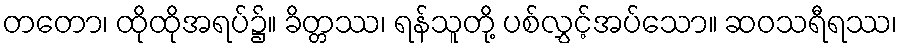
တတော၊ ထိုထိုအရပ်၌။ ခိတ္တဿ၊ ရန်သူတို့ ပစ်လွှင့်အပ်သော။ ဆဝသရီရဿ၊